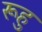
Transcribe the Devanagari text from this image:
रूहु